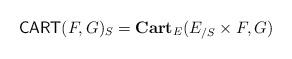
LaTeX: \begin{align*}\mathsf{CART}(F,G)_{S}={\bf Cart}_{E}(E_{/S}\times F,G)\end{align*}